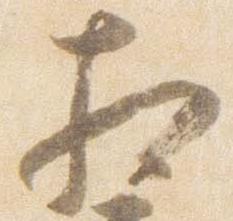
相